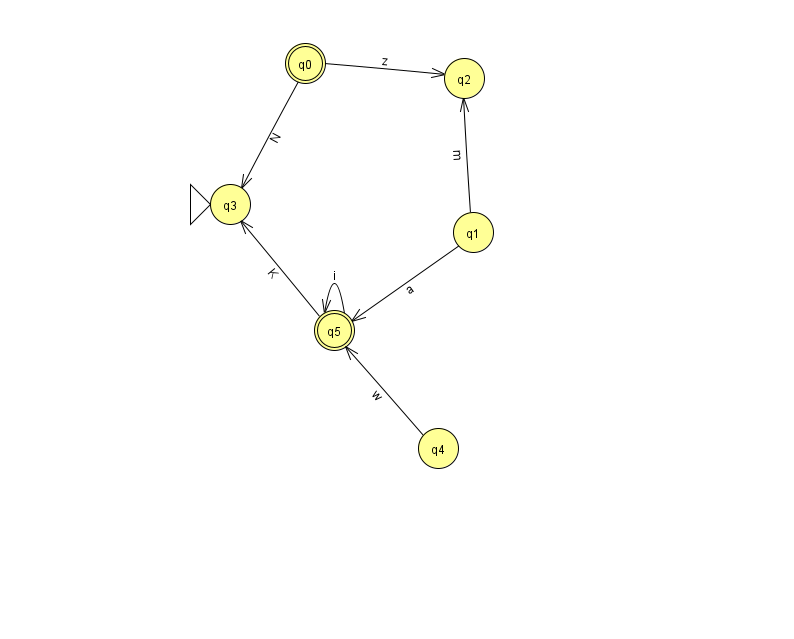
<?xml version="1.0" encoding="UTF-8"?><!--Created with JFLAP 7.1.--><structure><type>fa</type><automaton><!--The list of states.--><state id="0" name="q0"><x>305.0</x><y>50.0</y><final/></state><state id="1" name="q1"><x>473.0</x><y>219.0</y></state><state id="2" name="q2"><x>464.0</x><y>65.0</y></state><state id="3" name="q3"><x>230.0</x><y>191.0</y><initial/></state><state id="4" name="q4"><x>438.0</x><y>435.0</y></state><state id="5" name="q5"><x>334.0</x><y>317.0</y><final/></state><!--The list of transitions.--><transition><from>4</from><to>5</to><read>w</read></transition><transition><from>1</from><to>5</to><read>a</read></transition><transition><from>0</from><to>2</to><read>z</read></transition><transition><from>0</from><to>3</to><read>N</read></transition><transition><from>5</from><to>5</to><read>i</read></transition><transition><from>1</from><to>2</to><read>m</read></transition><transition><from>5</from><to>3</to><read>K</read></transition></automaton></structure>